Lunatic asylums Burma 1907-21 - 1907-1921
Year: 1907
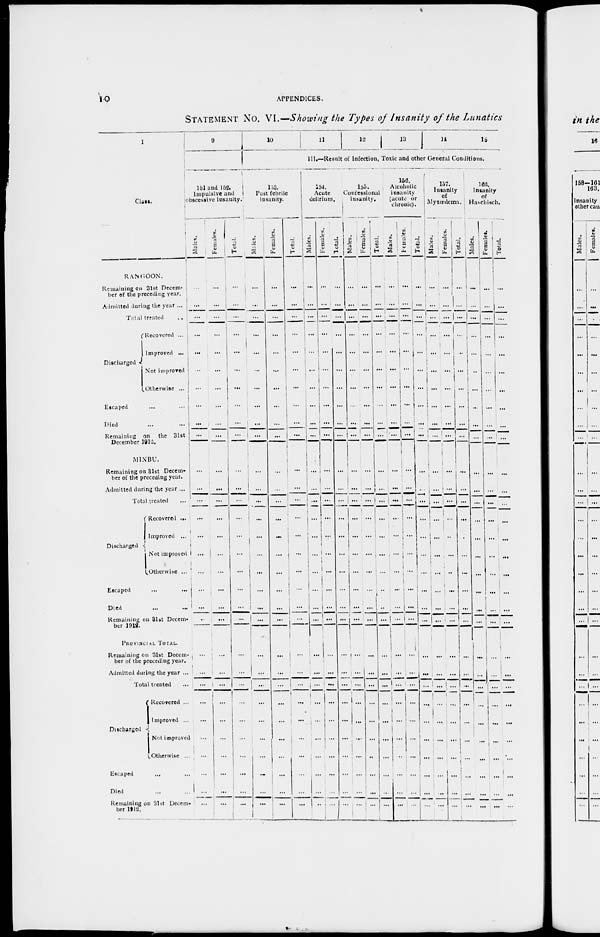
10
APPENDICES.
STATEMENT No. VI—Showing the Types of Insanity of the Lunatics
1
Class.
RANGOON.
Remaining on 31st Decem-
ber of the preceding year.
Admitted during the year ...
Total treated
...
Discharged
Recovered ...
Improved ...
Not improred
Otherwise ...
Escaped
... ...
Died ... ...
Remaining on the 31st
December 1912.
MINBU.
Remaining on 31st Decem-
ber of the preceding year.
Admitted during the year ...
Total treated ...
Discharged
Recovered ...
Improved ...
Not improved
Otherwise ...
Escaped ... ...
Died ... ...
Remaining on 31st Decem-
ber 1912.
PROVINCIAL TOTAL.
Remaining on 31st Decem-
ber of the preceding year.
Admitted during the year ...
Total treated ...
Discharged
Recovered ...
Improved ...
Not improved
Otherwise ...
Escaped ... ...
Died ... ...
Remaining on 31st Decem-
ber 1912.
9
151 and 152.
Impulsive and
obscessive insanity.
Males.
...
...
...
...
...
...
...
...
...
...
...
...
...
...
...
...
...
...
...
...
...
...
...
...
...
...
...
...
...
...
Females.
...
...
...
...
...
...
...
...
...
...
...
...
...
...
...
...
...
...
...
...
...
...
...
...
...
...
...
...
...
...
Total.
...
...
...
...
...
...
...
...
...
...
...
...
...
...
...
...
...
...
...
...
...
...
...
...
...
...
...
...
...
...
10
11
12
13
14
15
III.—Result of Infection, Toxic and other General Conditions.
153.
Post febrile
insanity.
Males.
...
...
...
...
...
...
...
...
...
...
...
...
...
...
...
...
...
...
...
...
...
...
...
...
...
...
...
...
...
...
Females.
...
...
...
...
...
...
...
...
...
...
...
...
...
...
...
...
...
...
...
...
...
...
...
...
...
...
...
...
...
...
Total.
...
...
...
...
...
...
...
...
...
...
...
...
...
...
...
...
...
...
...
...
...
...
...
...
...
...
...
...
...
...
154.
Acute
delirium.
Males.
...
...
...
...
...
...
...
...
...
...
...
...
...
...
...
...
...
...
...
...
...
...
...
...
...
...
...
...
...
...
Females.
...
...
...
...
...
...
...
...
...
...
...
...
...
...
...
...
...
...
...
...
...
...
...
...
...
...
...
...
...
...
Total.
...
...
...
...
...
...
...
...
...
...
...
...
...
...
...
...
...
...
...
...
...
...
...
...
...
...
...
...
...
...
155.
Confessional
insanity.
Males.
...
...
...
...
...
...
...
...
...
...
...
...
...
...
...
...
...
...
...
...
...
...
...
...
...
...
...
...
...
...
Females.
...
...
...
...
...
...
...
...
...
...
...
...
...
...
...
...
...
...
...
...
...
...
...
...
...
...
...
...
...
...
Total.
...
...
...
...
...
...
...
...
...
...
...
...
...
...
...
...
...
...
...
...
...
...
...
...
...
...
...
...
...
...
156.
Alcoholic
insanity
(acute or
chronic).
Males.
...
...
...
...
...
...
...
...
...
...
...
...
...
...
...
...
...
...
...
...
...
...
...
...
...
...
...
...
...
...
Females.
...
...
...
...
...
...
...
...
...
...
...
...
...
...
...
...
...
...
...
...
...
...
...
...
...
...
...
...
...
...
Total.
...
...
...
...
...
...
...
...
...
...
...
...
...
...
...
...
...
...
...
...
...
...
...
...
...
...
...
...
...
...
157.
Insanity
of
Myxœdema.
Males.
...
...
...
...
...
...
...
...
...
...
...
...
...
...
...
...
...
...
...
...
...
...
...
...
...
...
...
...
...
...
Females.
...
...
...
...
...
...
...
...
...
...
...
...
...
...
...
...
...
...
...
...
...
...
...
...
...
...
...
...
...
...
Total.
...
...
...
...
...
...
...
...
...
...
...
...
...
...
...
...
...
...
...
...
...
...
...
...
...
...
...
...
...
...
162.
Insanity
of
Haschisch.
Males.
...
...
...
...
...
...
...
...
...
...
...
...
...
...
...
...
...
...
...
...
...
...
...
...
...
...
...
...
...
...
Females.
...
...
...
...
...
...
...
...
...
...
...
...
...
...
...
...
...
...
...
...
...
...
...
...
...
...
...
...
...
...
Total.
...
...
...
...
...
...
...
...
...
...
...
...
...
...
...
...
...
...
...
...
...
...
...
...
...
...
...
...
...
...